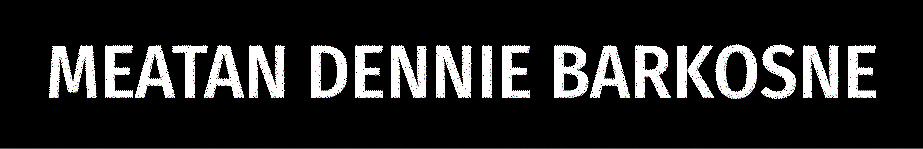
MEATAN DENNIE BARKOSNE